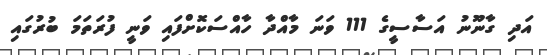
އަދި ގާނޫނު އަސާސީގެ 111 ވަނަ މާއްދާ ހާއްސަކޮށްފައި ވަނީ ފުރަތަމަ ބުރުގައި